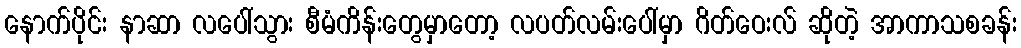
နောက်ပိုင်း နာဆာ လပေါ်သွား စီမံကိန်းတွေမှာတော့ လပတ်လမ်းပေါ်မှာ ဂိတ်ဝေးလ် ဆိုတဲ့ အာကာသစခန်း